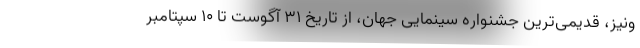
ونیز، قدیمی‌ترین جشنواره سینمایی جهان، از تاریخ ۳۱ آگوست تا ۱۰ سپتامبر